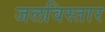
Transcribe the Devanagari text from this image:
जलविस्तार